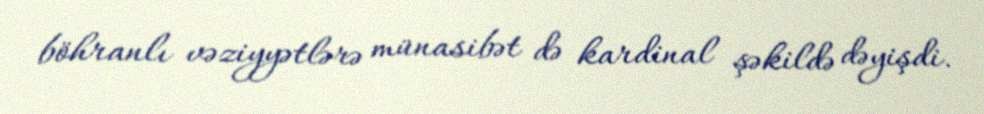
böhranlı vəziyyətlərə münasibət də kardinal şəkildə dəyişdi.